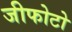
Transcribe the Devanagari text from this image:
जीफोटो